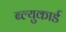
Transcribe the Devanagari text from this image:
ब्ल्युकार्ड